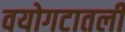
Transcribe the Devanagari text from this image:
वयोगटातली